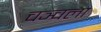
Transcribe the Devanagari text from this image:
चञ्चला